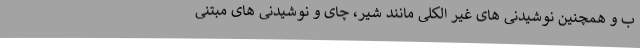
ب و همچنین نوشیدنی های غیر الکلی مانند شیر، چای و نوشیدنی های مبتنی